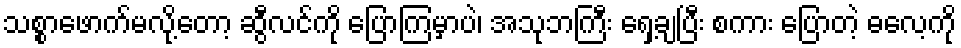
သစ္စာဖောက်မလို့တော့ ဆွီလင်ကို ပြောကြမှာပဲ၊ အသုဘကြီး ရှေ့ချပြီး စကား ပြောတဲ့ ဓလေ့ကို